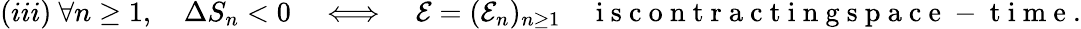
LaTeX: (iii)\ \forall n\geq 1,\quad\Delta S_{n}<0\quad\Longleftrightarrow\quad{\mathcal E}=({\mathcal E_{n}})_{n\geq 1}\quad\mathrm{~i~s~c~o~n~t~r~a~c~t~i~n~g~s~p~a~c~e~-~t~i~m~e~}.